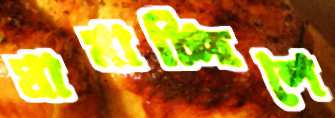
ঘামাচ্ছিলে